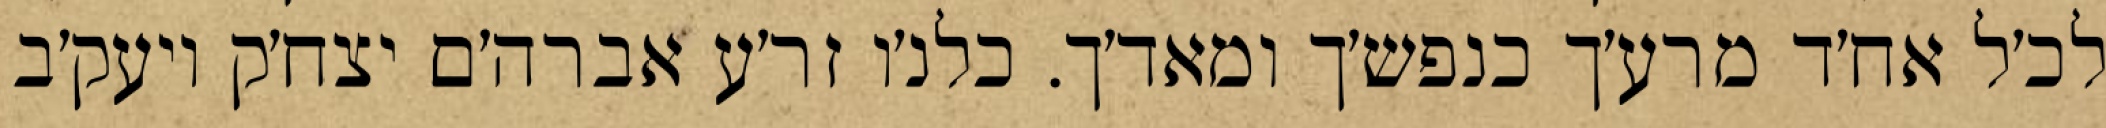
לכ׳ל אח׳ד מרע׳ך כנפש׳ך ומאד׳ך. כלנ׳ו זר׳ע אברה׳ם יצח׳ק ויעק׳ב